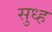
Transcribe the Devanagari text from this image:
सुध्ह